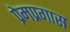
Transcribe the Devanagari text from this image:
प्रेमप्रगास